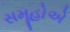
સમૂહોએ